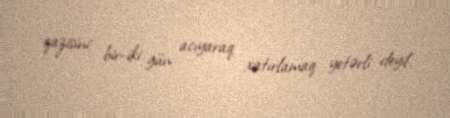
qazisini bir-iki gün acıyaraq xatırlamaq yetərli deyil.